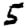
Digit: 5